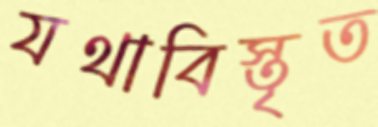
যথাবিস্তৃত